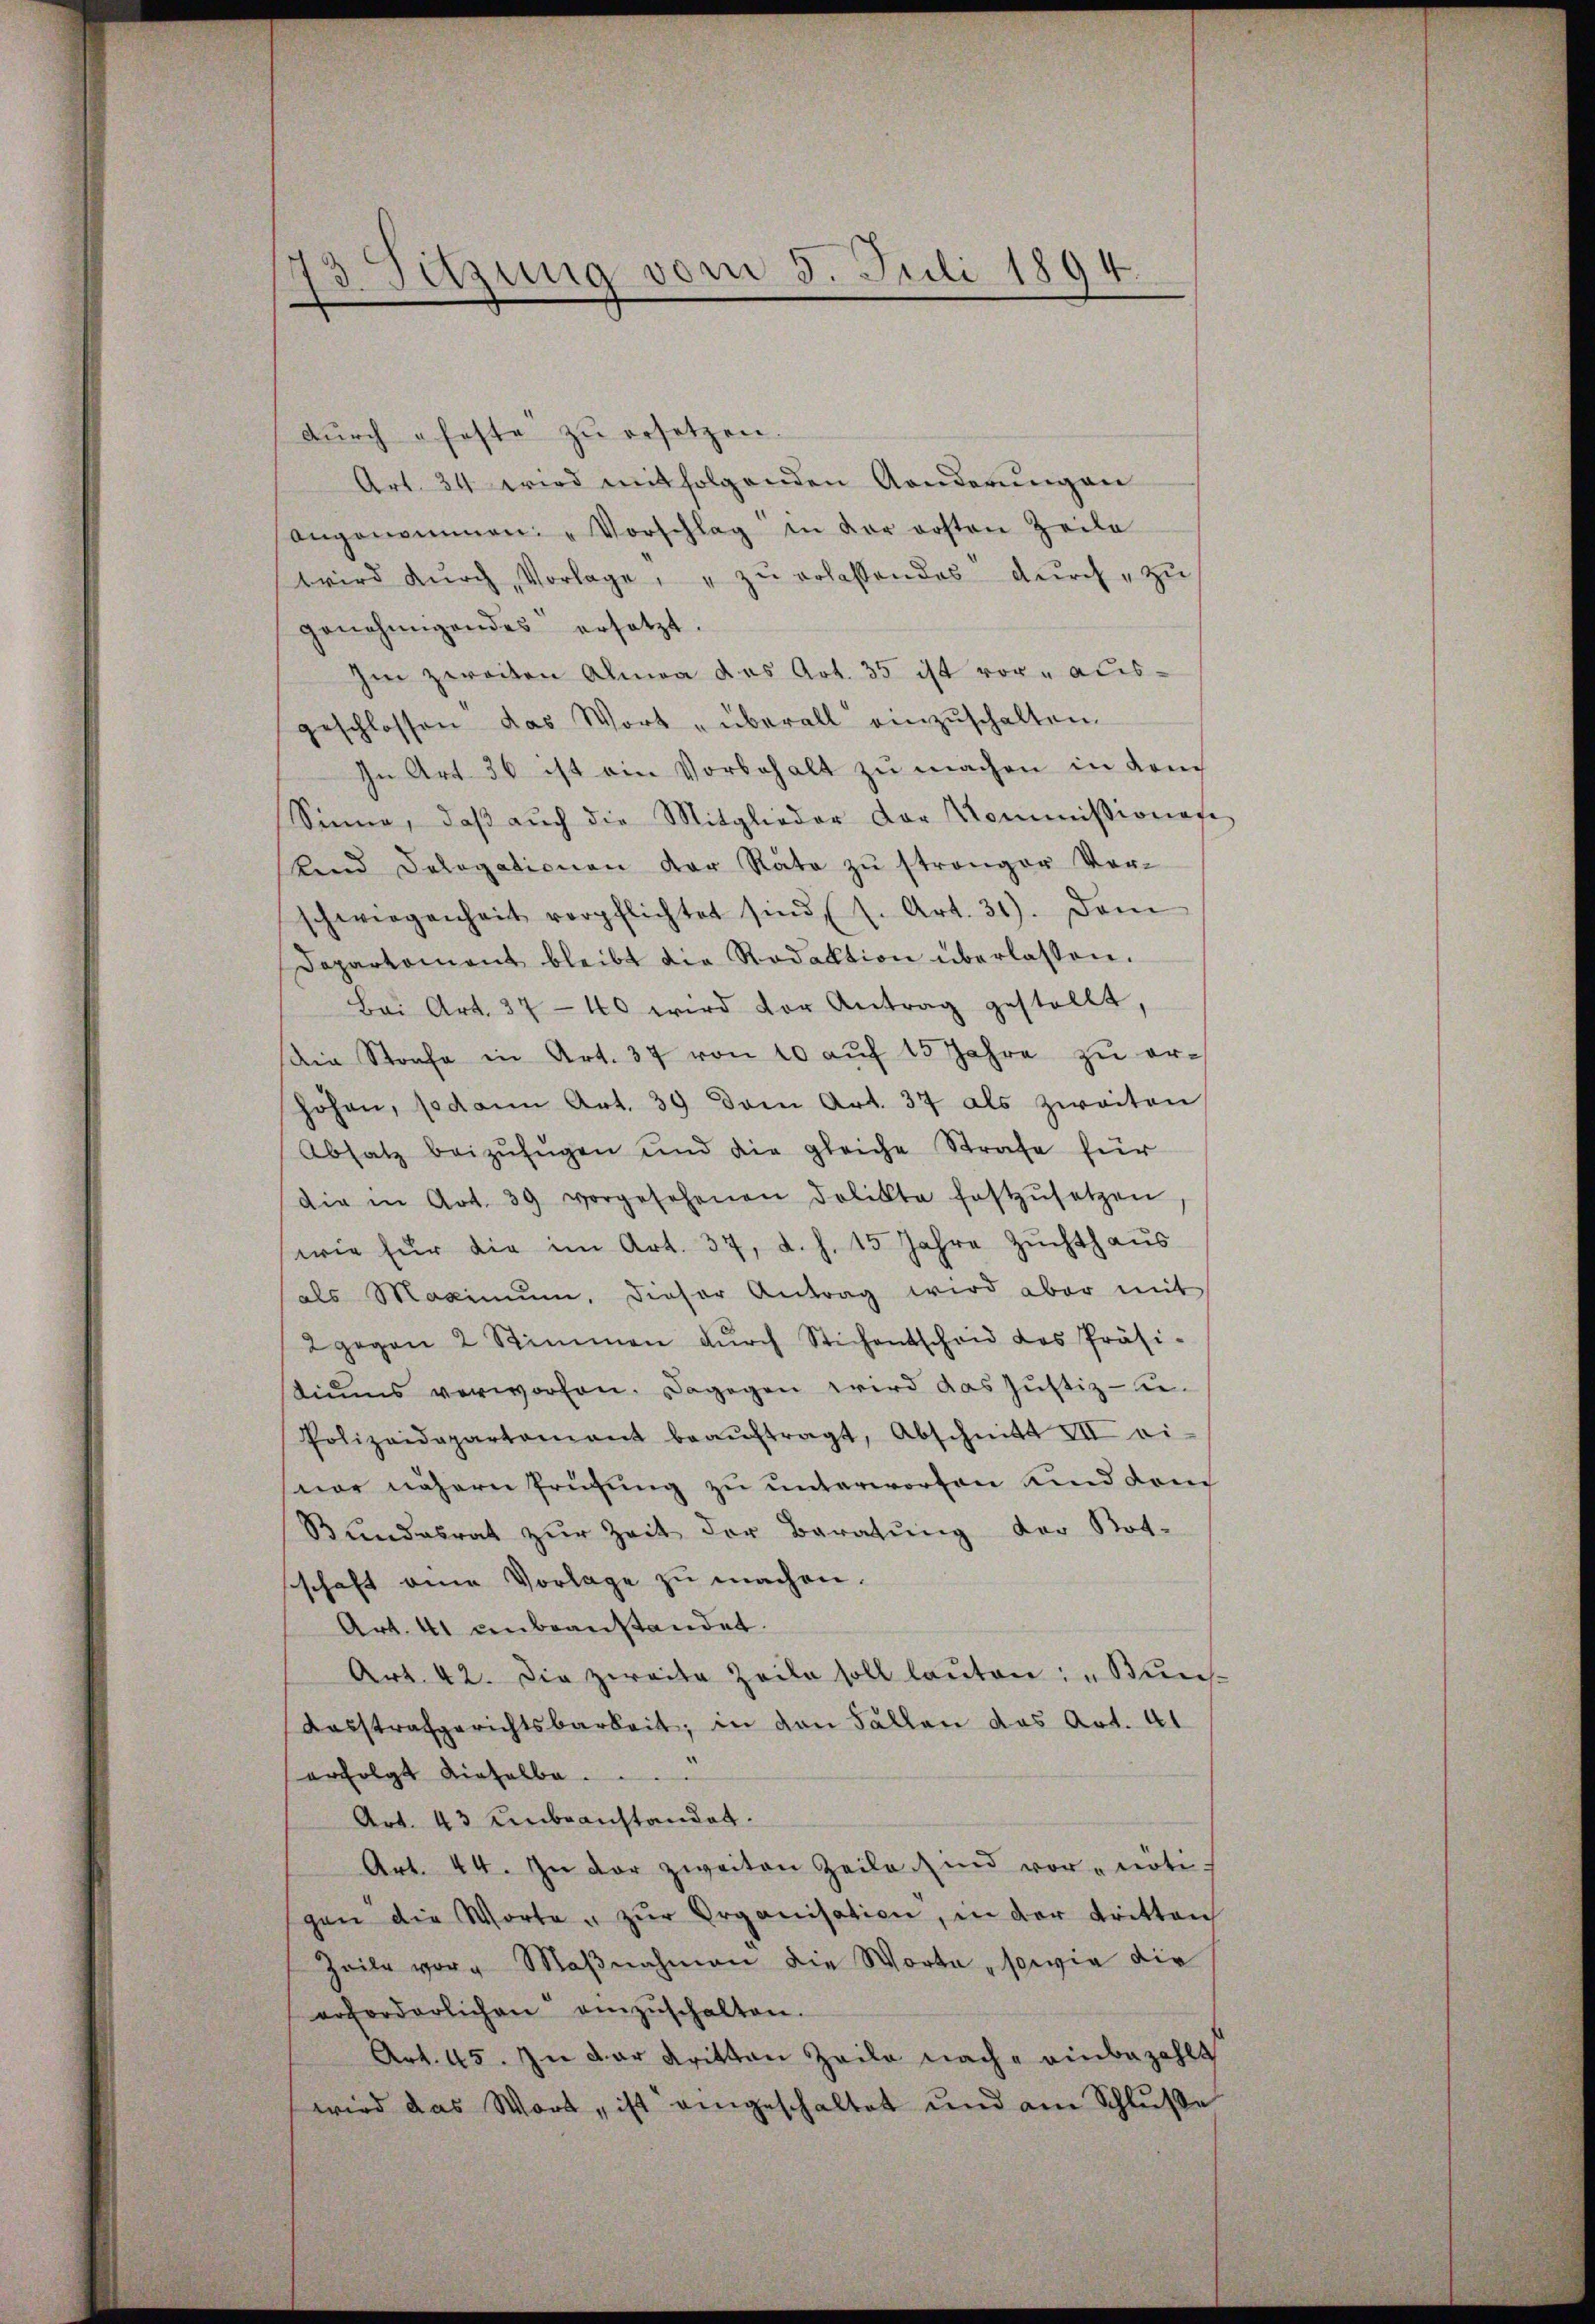
25. Juli 1894.
13. Setzung von

dŭrch eheste zŭ ersetzen.
Art. 34 wird mitfolgenden Aenderungen
angenommen. " Vorschlag in der ersten Zeile
wird dŭrch Vorlage: " zŭ erlassendes dŭrch zu
genehmigendes ersetzt.
Im zweiten Alma das Art. 35 ist voraus-
geschlossen das Wort „überall einzuschalten.
In Art 36 ist ein Vorbehalt zu machen in dem
Sinne, daβ aŭch die Mitglieder der Kommissionese
Kind Sologationen der Rate zŭ strenger Vor-
schwiegenheit verpflichtet sind (s. Art. 31). Dam
Departament bleibt die Redaktion überlassen.
Bei Art. 37-40 wird vor Antrag gestellt,
die Strafe in Art. 37 von 10 aŭf 15 Jahre zŭ er-
hohen, sodann Art. 39 dem Art. 37 als zweiten
Absatz beizufügen und die gleiche Strafe für
die in Art. 39 vorgesehenen Dolikte festzŭsetzen
wie für die im Art. 37, d. h. 15 Jahre Zuchthaus
als Maximŭm. dieser Antrag wird aber mit
2 gegen 2 Stimmen dŭrch Stichentscheid des Präsi-
stiums verworfen. Dagegen wird das Justiz-se¬
Polizeidepartement beaŭftragt, Abschnitt III ei-
sner nähern Prüfung zu unterworfen und dem
Bundesrat zur Zeit der Beratung der Bot-
schaft eine Vorlage zŭ machen.
Art. 41 unbeanstandet.
Art. 42. Die zweite Zeile soll laŭten: „Bres
Aasstrafgerichtsbarkeit; in den Fällen das Art. 41
erfolgt dieselbe . . .
Art. 43 unbeanstandat.
Art. 44. In der zweiten Zeile sind vor notigen die Worte u zŭr Organisation, in der tritten
Zeile vorg Maβnahmen die Worte sowie die
erforderlichen einzŭschalten.
Art. 45. Zu der dritten Zeile nach einbezahlt
wird das Wort, ist eingeschaltet und am Schluße